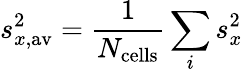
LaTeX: s_{x,\mathrm{av}}^{2}=\frac{1}{N_{\mathrm{cells}}}\sum_{i}s_{x}^{2}